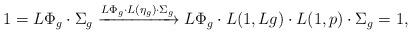
LaTeX: \begin{align*} 1=L\Phi_g\cdot{}\Sigma_g\xrightarrow{L\Phi_g\cdot{}L(\eta_g)\cdot{}\Sigma_g} L\Phi_g\cdot{}L(1,{L}g)\cdot{}L(1,p)\cdot{}\Sigma_g=1, \end{align*}